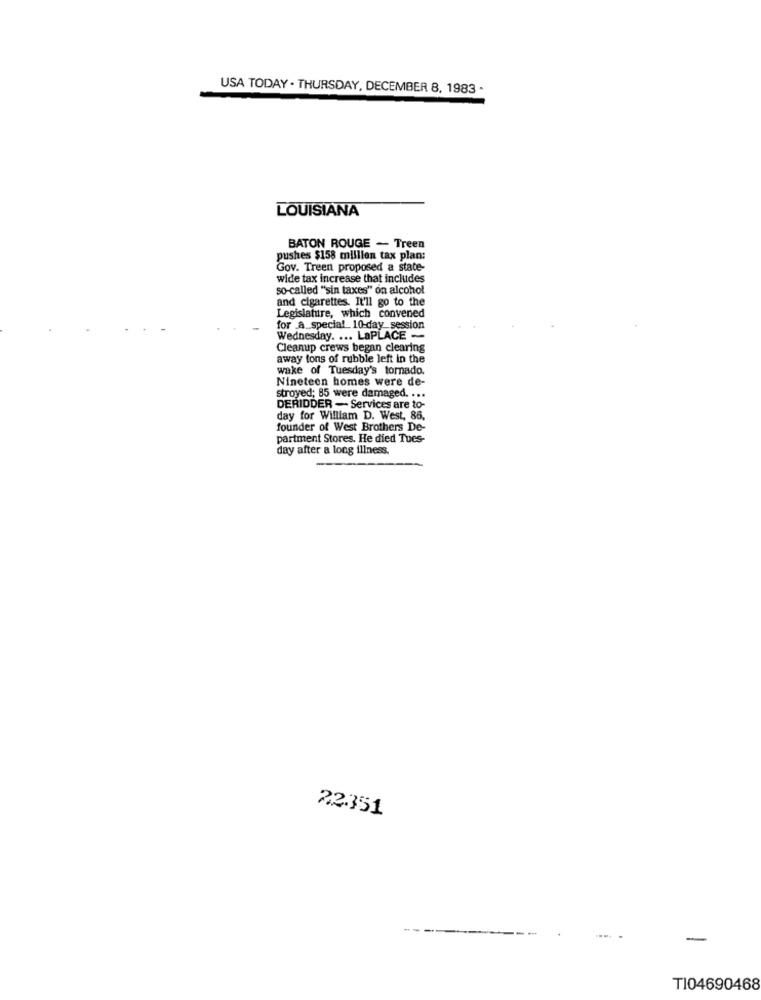
USA TODAY . THURSDAY, DECEMBER 8, 1983 .
LOUISIANA
BATON ROUGE - Treen
pushes $158 million tax plan:
Gov. Treen proposed a state-
wide tax increase that includes
so-called "sin taxes" on alcohol
and cigarettes. It'll go to the
Legislature, which convened
for a. special 10-day_session
Wednesday. ... LaPLACE -
Cleanup crews began clearing
away tons of rubble left in the
wake of Tuesday's tornado.
Nineteen homes were de-
stroyed; 85 were damaged. ...
DERIDDER - Services are to-
day for William D. West, 86,
founder of West Brothers De-
partment Stores. He died Tues-
day after a long illness.
22351
TI04690468